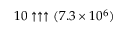
1 0 \uparrow \uparrow \uparrow ( 7 . 3 \times 1 0 ^ { 6 } )